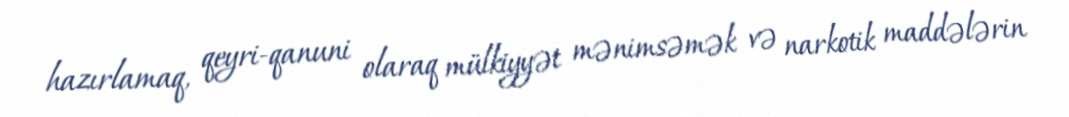
hazırlamaq, qeyri-qanuni olaraq mülkiyyət mənimsəmək və narkotik maddələrin